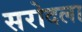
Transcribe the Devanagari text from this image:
सरोदला